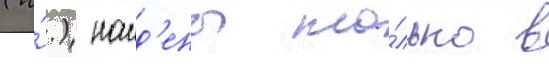
(и́.) наид'ены то́лько в